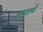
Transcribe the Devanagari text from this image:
ड्रामातर्फे